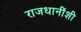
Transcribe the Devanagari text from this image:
राजधानींशी